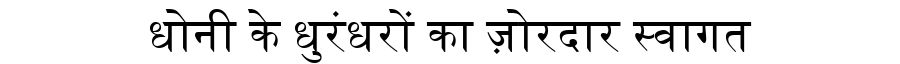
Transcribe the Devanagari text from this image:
धोनी के धुरंधरों का ज़ोरदार स्वागत